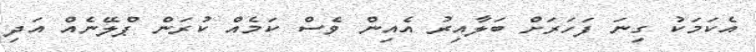
އެކަމަކު ގިނަ ފަހަރަށް ބަލާއިރު އެއިން ވެސް ކަމެއް ކުރަން ޕްލޭނެއް އަދި